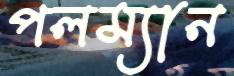
পলম্যান